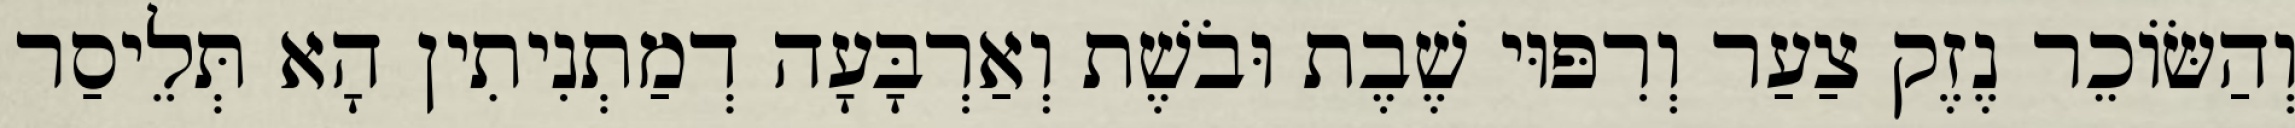
וְהַשּׂוֹכֵר נֶזֶק צַעַר וְרִפּוּי שֶׁבֶת וּבֹשֶׁת וְאַרְבָּעָה דְמַתְנִיתִין הָא תְּלֵיסַר